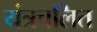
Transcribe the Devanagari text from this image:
यंत्रचलित